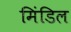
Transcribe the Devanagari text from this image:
मिंडिल